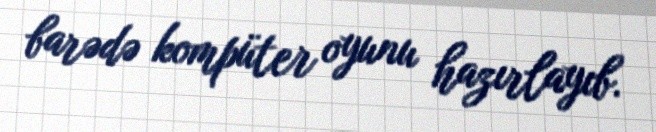
barədə kompüter oyunu hazırlayıb.